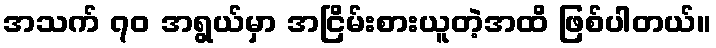
အသက် ၇၀ အရွယ်မှာ အငြိမ်းစားယူတဲ့အထိ ဖြစ်ပါတယ်။